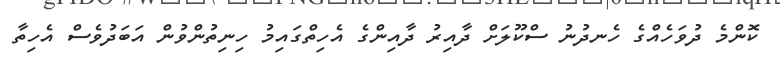
ކޮންމެ ދުވަހެއްގެ ހެނދުނު ސްކޫލަށް ދާއިރު ދާއިންގެ އެހިތްގައިމު ހިނިތުންވުން އަބަދުވެސް އެހިތާ